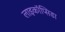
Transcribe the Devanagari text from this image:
लाइकॉप्सिडा